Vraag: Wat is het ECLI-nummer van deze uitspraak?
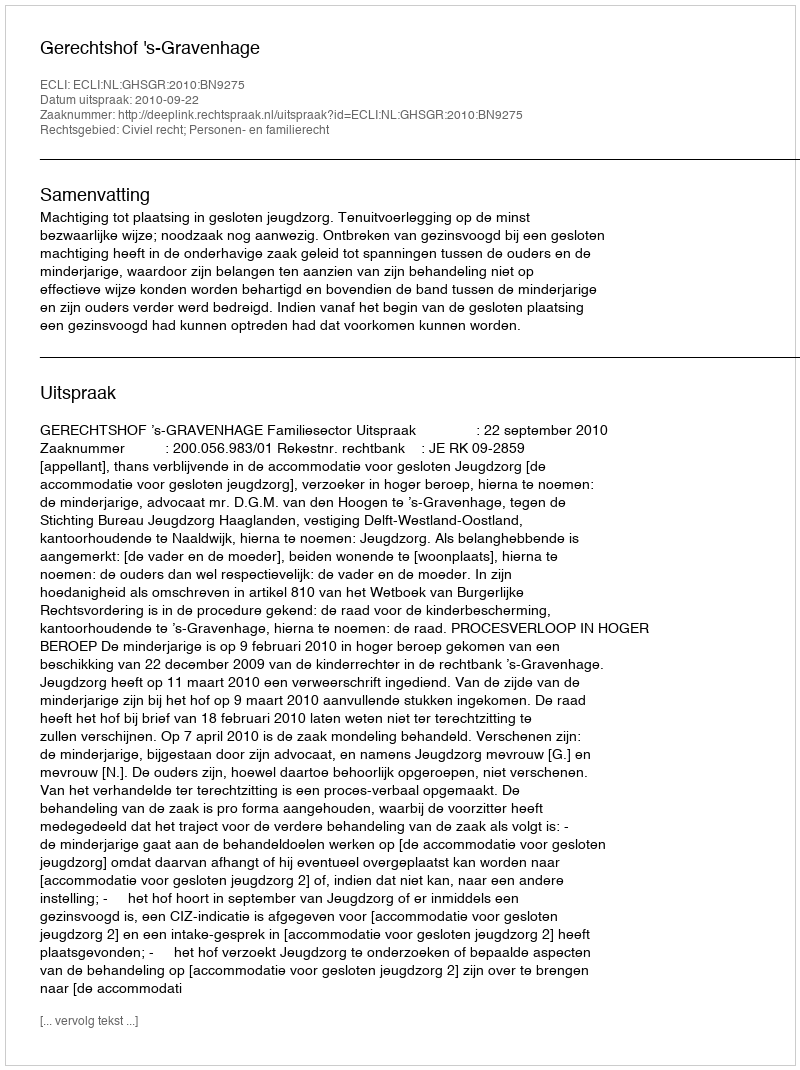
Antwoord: ECLI:NL:GHSGR:2010:BN9275